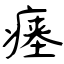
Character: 瘗